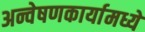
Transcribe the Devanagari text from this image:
अन्वेषणकार्यामध्ये